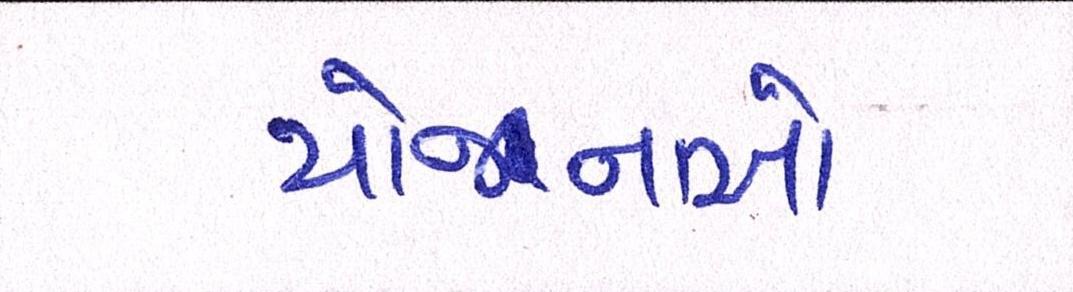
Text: યોજાનઓ